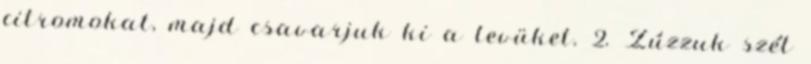
citromokat, majd csavarjuk ki a levüket. 2. Zúzzuk szét